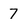
Character: 7